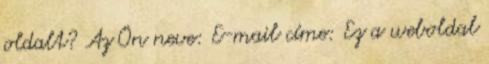
oldalt? Az Ön neve: E-mail címe: Ez a weboldal